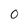
Character: 0